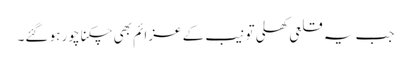
جب یہ قلعی کھلی تو نیب کے عزائم بھی چکنا چور ہو گئے۔